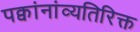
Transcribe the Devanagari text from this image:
पक्वांनांव्यतिरिक्त